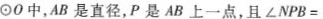
⊙0中，AB是直径，P是AB上一点，且∠NPB=